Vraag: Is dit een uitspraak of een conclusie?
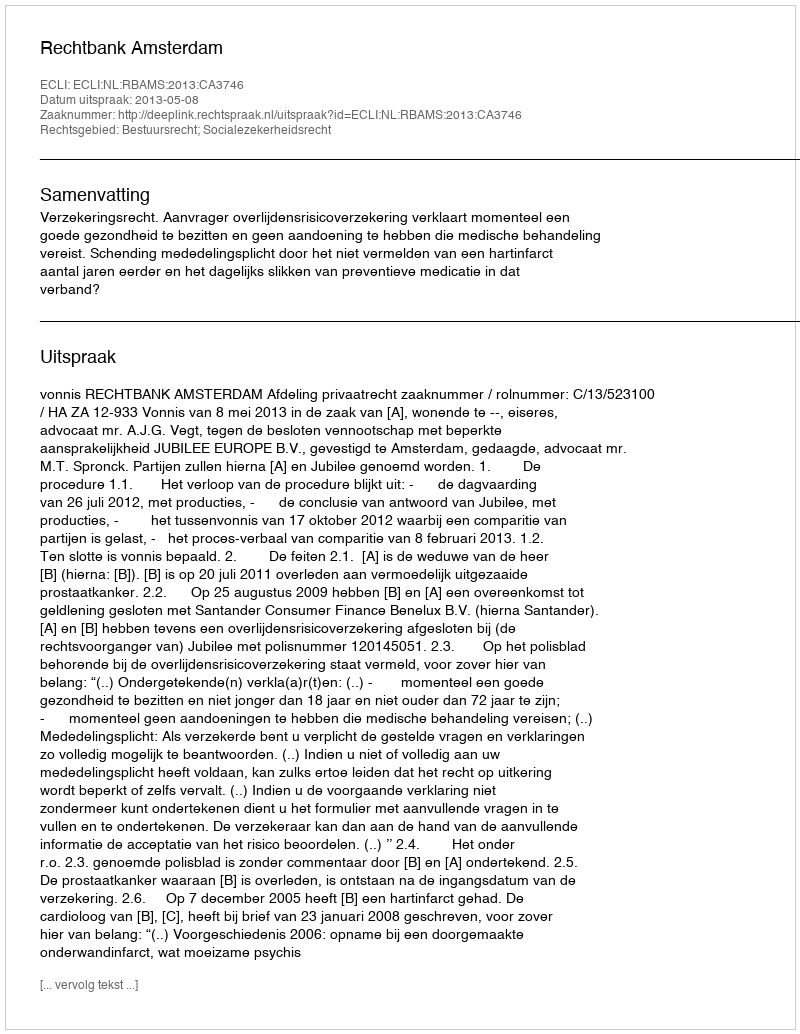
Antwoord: Uitspraak